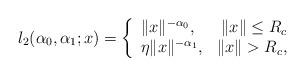
LaTeX: \begin{align*} l_2(\alpha_0,\alpha_1;x) = \left\{ \begin{array}{lr} \|x\|^{-\alpha_0}, & \|x\|\leq R_c\\ \eta \|x\|^{-\alpha_1}, & \|x\|> R_c, \end{array} \right.\end{align*}